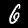
Label: 6